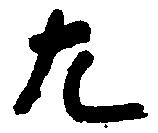
左